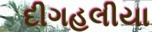
દીગહલીયા